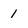
Character: 1